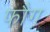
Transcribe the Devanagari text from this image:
फौग